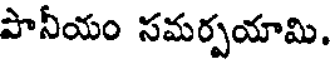
పానీయం సమర్పయామి.